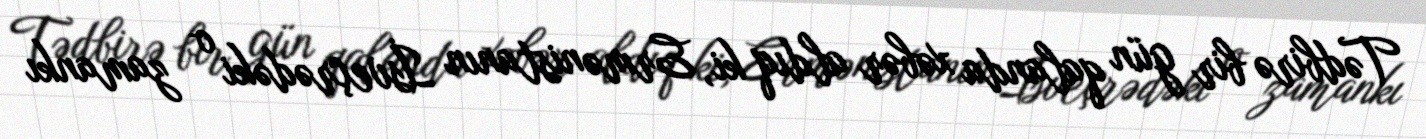
Tədbirə bir gün qalanda xəbər aldıq ki, Ermənistanın İsveçrədəki o zamankı